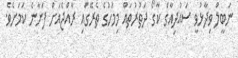
ނަަބީލް ވިދާޅުވީ ސައުދިއާގެ ކާގޯ ދަތުރުތައް މިމަހުގެ ތެރޭގައި ރާއްޖެއަށް ފަށާނެ ކަަމަށެވެ.